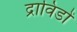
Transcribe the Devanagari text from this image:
द्राविडों